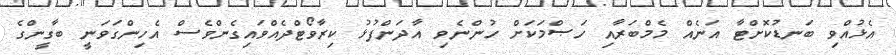
އެޅުއްވި ބަނޑުކޮށްޓާ އަނެއް މެމްބަރާއި ހަޞްމަކަށް ހުންނެވި އާދަންފުޅު ކިރާވޯޓްދެއްވައިގެންވެސް އެހިންގަވަނީ ބާގީންގެ